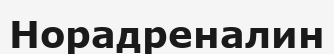
Норадреналин